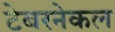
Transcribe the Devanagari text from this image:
टेबरनेकल